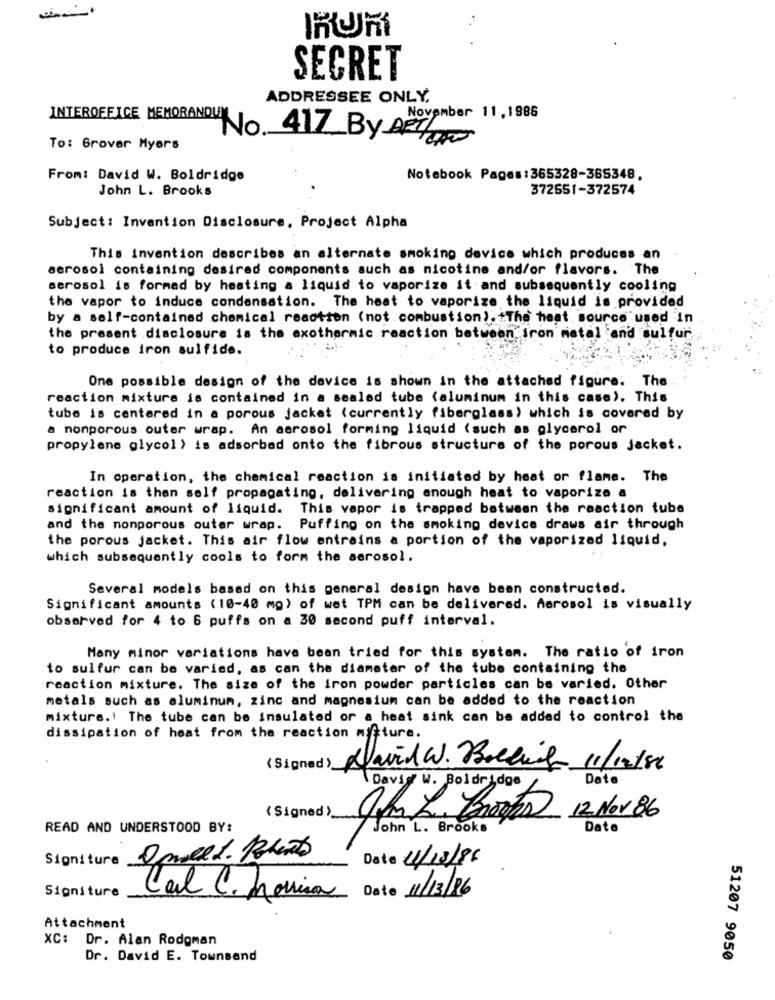
SECRET
ADDRESSEE ONLY.
INTEROFFICE MEMORANDUM
November 11,1986
No. 417 By AZT
To: Grover Myers
From: David W. Boldridge
Notebook Pages:365328-365348,
John L. Brooks
372651-372574
Subject: Invention Disclosure, Project Alpha
This invention describes an alternate smoking device which produces an
aerosol containing desired components such as nicotine and/or flavors. The
serosol is formed by heating a liquid to vaporize it and subsequently cooling
the vapor to induce condensation. The heat to vaporize the liquid is provided
by a self-contained chemical reaction (not combustion) .* The heat source used in
the present .disclosure is the exothermic reaction between iron metal and sulfur
to produce iron sulfide.
One possible design of the device is shown in the attached figure: The
reaction mixture is contained in a sealed tube (aluminum in this case). This
tube is centered in a porous jacket (currently fiberglass) which is covered by
a nonporous outer wrap. An aerosol forming liquid (such as glycerol or
propylene glycol) is adsorbed onto the fibrous structure of the porous jacket.
In operation, the chemical reaction is initiated by heat or flame. The
reaction is then self propagating, delivering enough heat to vaporize a
significant amount of liquid. This vapor is trapped between the reaction tube
and the nonporous outer wrap.
Puffing on the smoking device draws air through
the porous jacket. This air flow entrains a portion of the vaporized liquid,
which subsequently cools to form the aerosol.
Several models based on this general design have been constructed.
Significant amounts (10-40 mg) of wet TPM can be delivered. Aerosol is visually
observed for 4 to 6 puffs on a 30 second puff interval.
Many minor variations have been tried for this system. The ratio of iron
to sulfur can be varied, as can the diameter of the tube containing the
reaction mixture. The size of the iron powder particles can be varied. Other
metals such as aluminum, zinc and magnesium can be added to the reaction
mixture. The tube can be insulated or a heat sink can be added to control the
dissipation of heat from the reaction mffture.
(Signed )_
David W. Bockig 11/12/86
Date
David W. Boldridge
12 Nov 86
(Signed )_
READ AND UNDERSTOOD BY:
John L. Brooks
Date
Signiture
Date 11/13/86
Signiture
Cal C. Maria
Date 11/13/16
Attachment
XC: Dr. Alan Rodoman
Dr. David E. Townsend
51207 9050